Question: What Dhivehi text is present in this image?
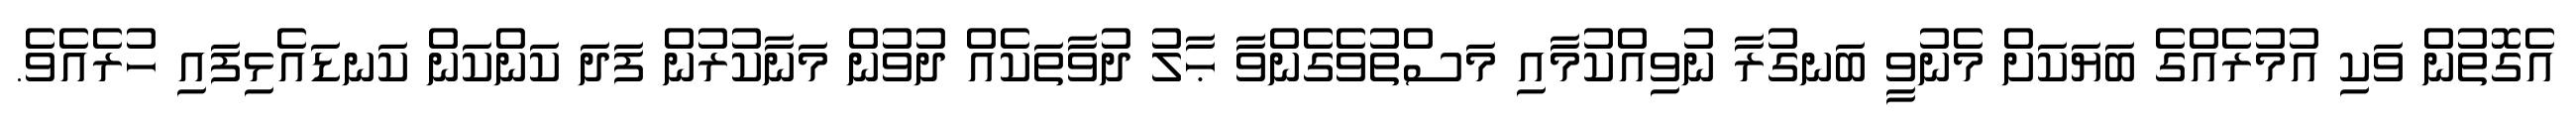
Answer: އެގޮތުން ވަކި އުމުރެއްގެ ބަޔަކަށް މެނުވީ ބަނގުރާ ނުވިއްކުމާއި މަސްތުވެގެންވާ ޙާލު ދުވާތަކެއް ދުވުން މަނާކުރުން ފަދަ ކަންކަން ކަނޑައެޅިފައި ހުރެއެވެ.